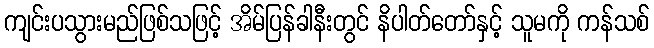
ကျင်းပသွားမည်ဖြစ်သဖြင့် အိမ်ပြန်ခါနီးတွင် နိပါတ်တော်နှင့် သူမကို ကန်သစ်